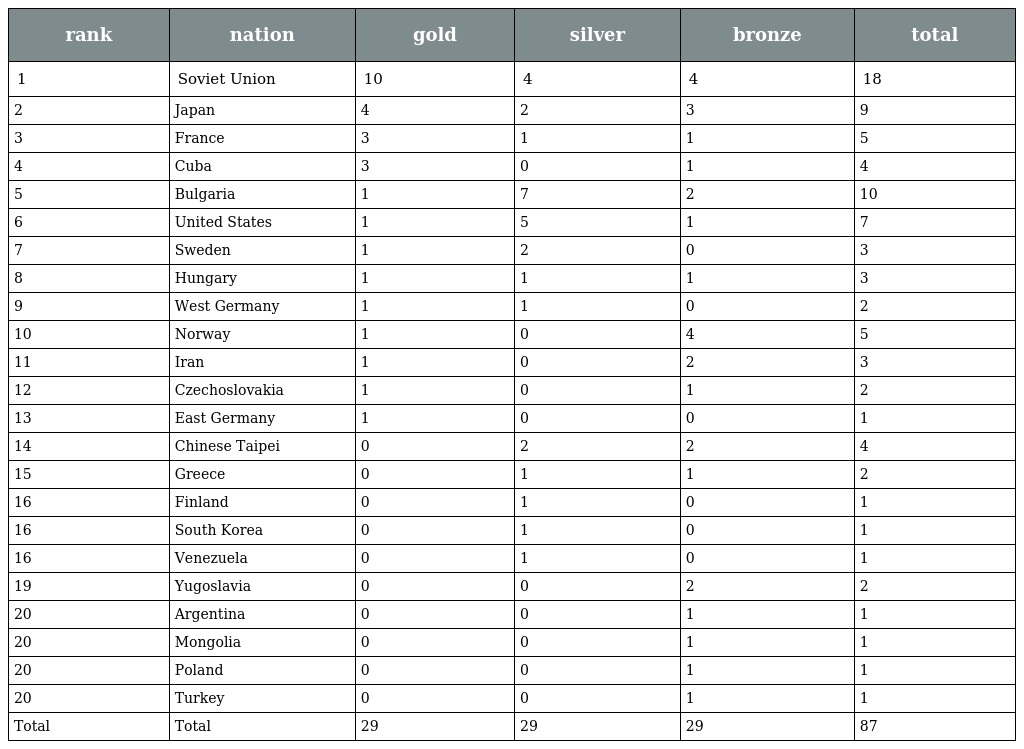
| rank | nation | gold | silver | bronze | total |
 | --- | --- | --- | --- | --- | --- |
 | 1 | Soviet Union | 10 | 4 | 4 | 18 |
 | 2 | Japan | 4 | 2 | 3 | 9 |
 | 3 | France | 3 | 1 | 1 | 5 |
 | 4 | Cuba | 3 | 0 | 1 | 4 |
 | 5 | Bulgaria | 1 | 7 | 2 | 10 |
 | 6 | United States | 1 | 5 | 1 | 7 |
 | 7 | Sweden | 1 | 2 | 0 | 3 |
 | 8 | Hungary | 1 | 1 | 1 | 3 |
 | 9 | West Germany | 1 | 1 | 0 | 2 |
 | 10 | Norway | 1 | 0 | 4 | 5 |
 | 11 | Iran | 1 | 0 | 2 | 3 |
 | 12 | Czechoslovakia | 1 | 0 | 1 | 2 |
 | 13 | East Germany | 1 | 0 | 0 | 1 |
 | 14 | Chinese Taipei | 0 | 2 | 2 | 4 |
 | 15 | Greece | 0 | 1 | 1 | 2 |
 | 16 | Finland | 0 | 1 | 0 | 1 |
 | 16 | South Korea | 0 | 1 | 0 | 1 |
 | 16 | Venezuela | 0 | 1 | 0 | 1 |
 | 19 | Yugoslavia | 0 | 0 | 2 | 2 |
 | 20 | Argentina | 0 | 0 | 1 | 1 |
 | 20 | Mongolia | 0 | 0 | 1 | 1 |
 | 20 | Poland | 0 | 0 | 1 | 1 |
 | 20 | Turkey | 0 | 0 | 1 | 1 |
 | Total | Total | 29 | 29 | 29 | 87 |